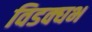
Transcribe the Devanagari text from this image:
विडक्घभ